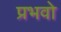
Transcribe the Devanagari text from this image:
प्रभवो